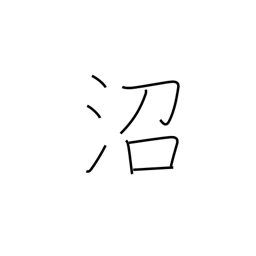
Meaning: bog